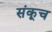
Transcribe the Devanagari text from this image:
संकूच